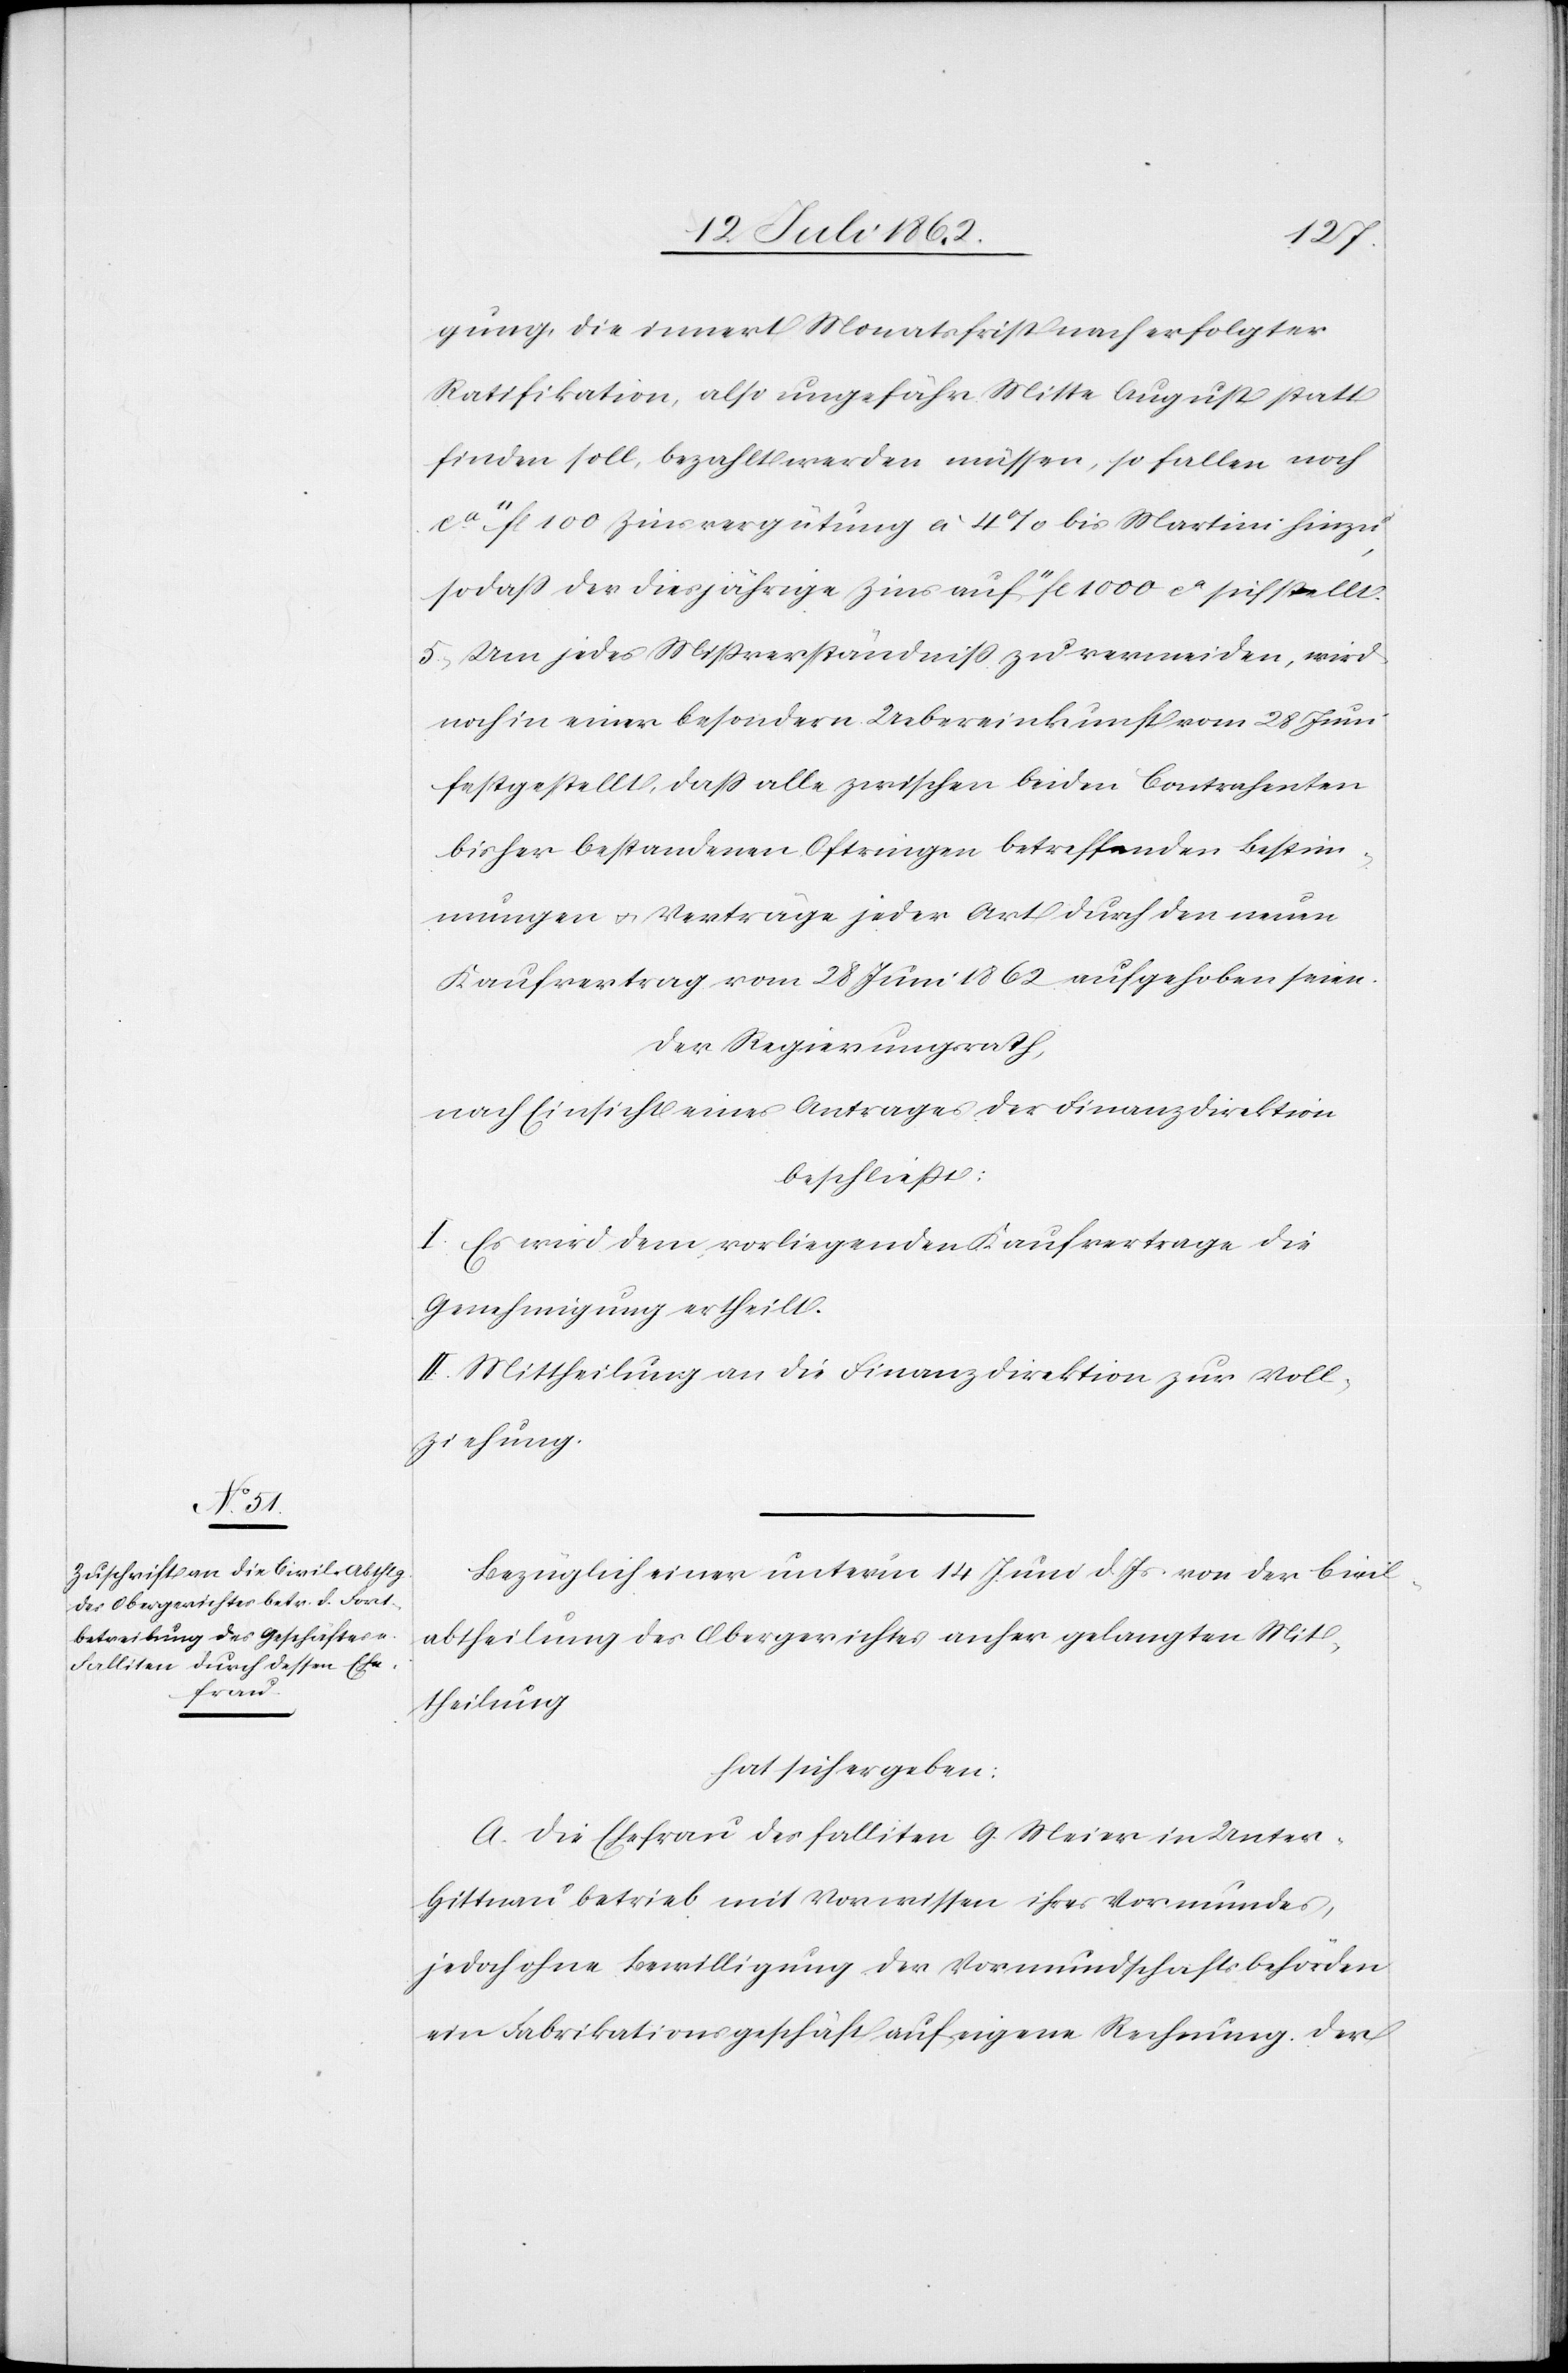
Bezüglich einer unterm 14. Juni d. Js. von der Civil¬
abtheilung des Obergerichtes anher gelangten Mit¬
theilung
hat sich ergeben:
A. Die Ehefrau des falliten G. Meier in Unter-H¬
ittnau betrieb mit Vorwissen ihres Vormundes,
jedoch ohne Bewilligung der Vormundschaftsbehörden
ein Fabrikationsgeschäft auf eigene Rechnung. Der